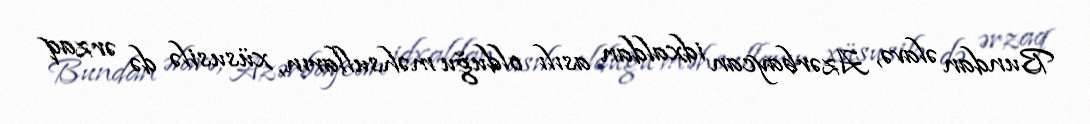
Bundan əlavə, Azərbaycan idxaldan asılı olduğu məhsulların, xüsusilə də ərzaq